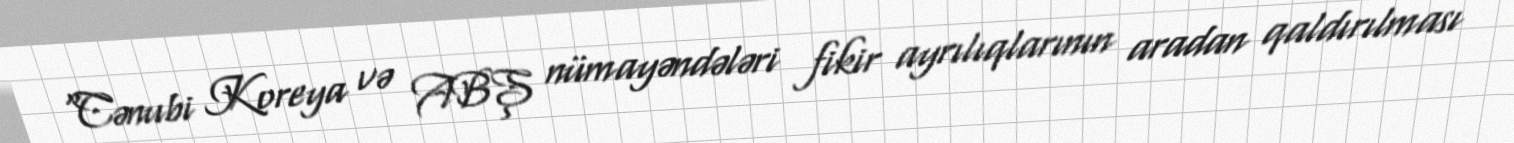
“Cənubi Koreya və ABŞ nümayəndələri fikir ayrılıqlarının aradan qaldırılması